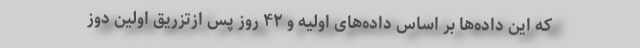
که این داده‌ها بر اساس داده‌های اولیه و ۴۲ روز پس ازتزریق اولین دوز